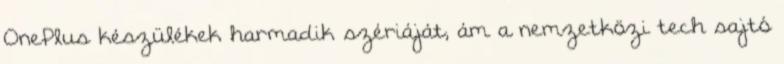
OnePlus készülékek harmadik szériáját, ám a nemzetközi tech sajtó